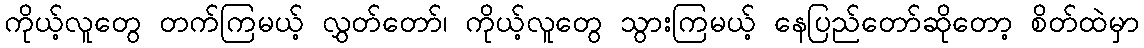
ကိုယ့်လူတွေ တက်ကြမယ့် လွှတ်တော်၊ ကိုယ့်လူတွေ သွားကြမယ့် နေပြည်တော်ဆိုတော့ စိတ်ထဲမှာ